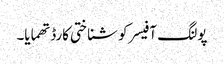
پولنگ آفیسر کو شناختی کارڈ تھمایا۔